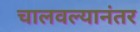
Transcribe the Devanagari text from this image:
चालवल्यानंतर